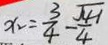
x _ { 2 } = \frac { 3 } { 4 } - \frac { \sqrt { 4 1 } } { 4 }